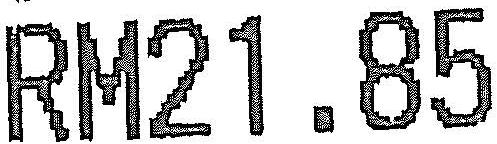
RM21.85